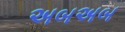
અબઅબ